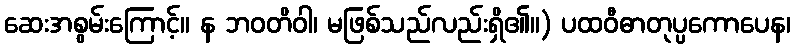
ဆေးအစွမ်းကြောင့်။ န ဘဝတိဝါ၊ မဖြစ်သည်လည်းရှိ၏။) ပထဝီဓာတုပ္ပကောပေန၊